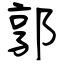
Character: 郭